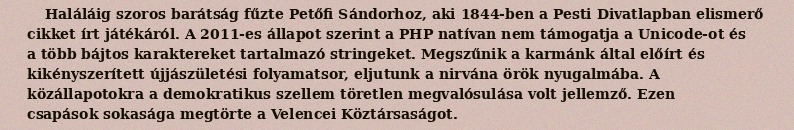
Haláláig szoros barátság fűzte Petőfi Sándorhoz, aki 1844-ben a Pesti Divatlapban elismerő cikket írt játékáról. A 2011-es állapot szerint a PHP natívan nem támogatja a Unicode-ot és a több bájtos karaktereket tartalmazó stringeket. Megszűnik a karmánk által előírt és kikényszerített újjászületési folyamatsor, eljutunk a nirvána örök nyugalmába. A közállapotokra a demokratikus szellem töretlen megvalósulása volt jellemző. Ezen csapások sokasága megtörte a Velencei Köztársaságot.